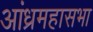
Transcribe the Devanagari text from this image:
आंध्रमहासभा